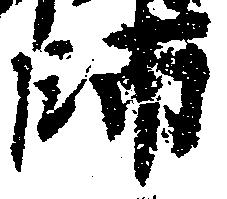
師